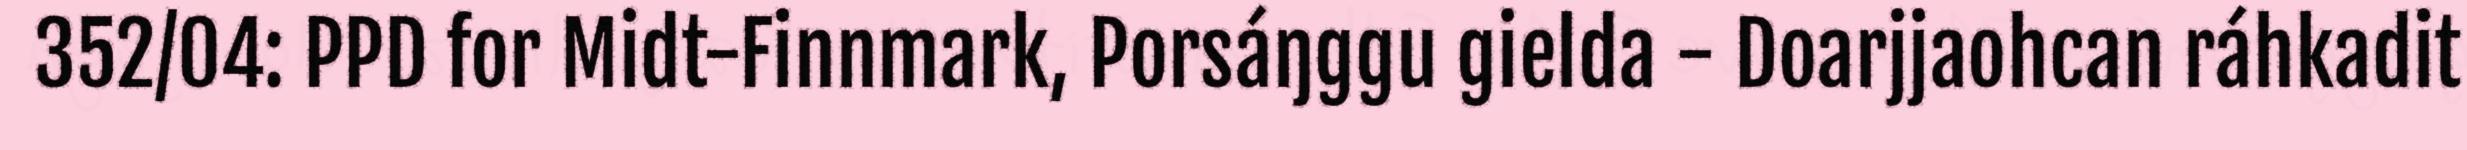
352/04: PPD for Midt-Finnmark, Porsáŋggu gielda - Doarjjaohcan ráhkadit